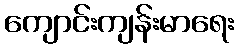
ကျောင်းကျန်းမာရေး